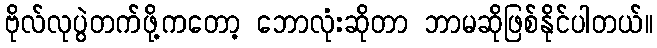
ဗိုလ်လုပွဲတက်ဖို့ကတော့ ဘောလုံးဆိုတာ ဘာမဆိုဖြစ်နိုင်ပါတယ်။